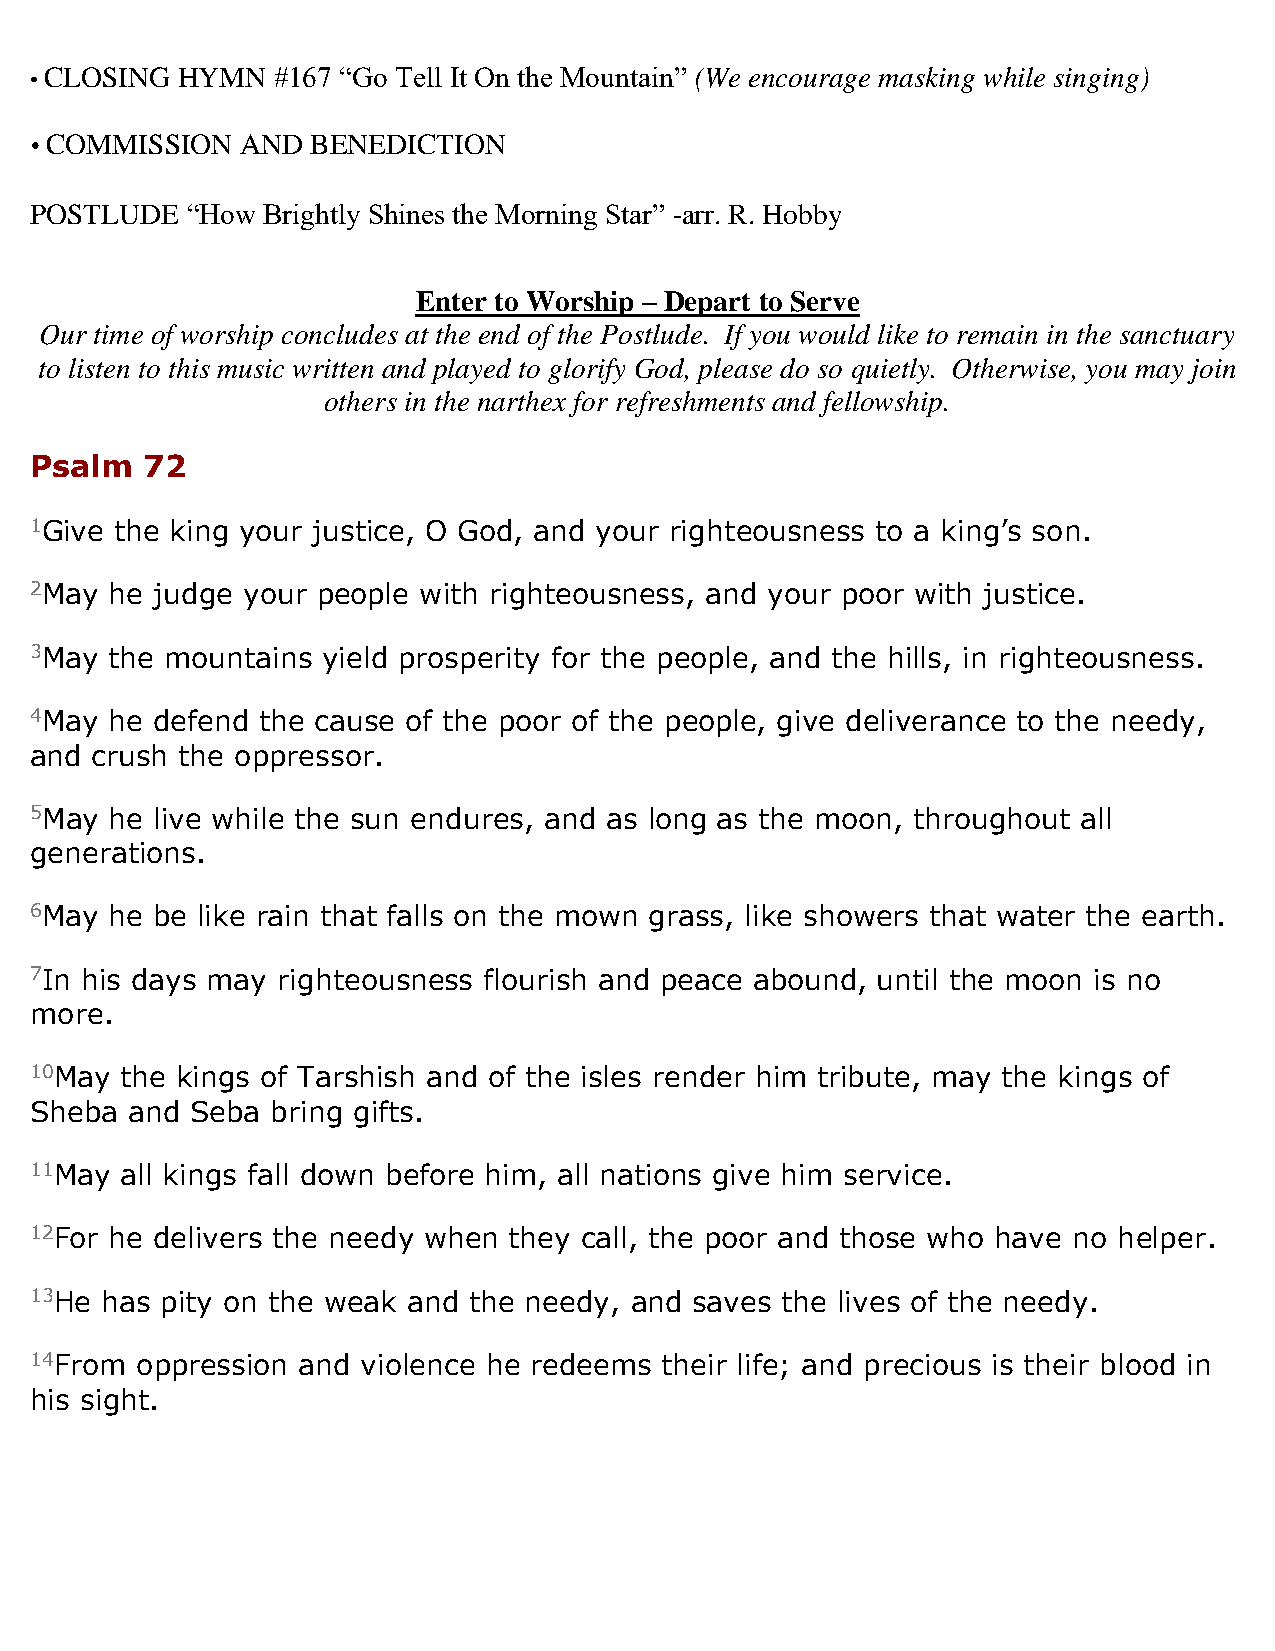
• CLOSING HYMN  #167 “Go Tell It On the Mountain” (We encourage masking while singing)
  COMMISSION  AND  BENEDICTION
 POSTLUDE  “How Brightly Shines the Morning Star” -arr. R. Hobby
 Enter to Worship – Depart to Serve
 Our time of worship concludes at the end of the Postlude. If you would like to remain in the sanctuary
 to listen to this music written and played to glorify God, please do so quietly. Otherwise, you may join
 others in the narthex for refreshments and fellowship.
 Psalm  72
 1Give the king your justice, O God, and your righteousness to a king’s son.
 2May he judge your people with righteousness, and your poor with justice.
 3May the mountains yield prosperity for the people, and the hills, in righteousness.
 4May he defend the cause of the poor of the people, give deliverance to the needy,
 and crush the oppressor.
 5May he live while the sun endures, and as long as the moon, throughout all
 generations.
 6May he be like rain that falls on the mown grass, like showers that water the earth.
 7In his days may righteousness flourish and peace abound, until the moon is no
 more.
 10May the kings of Tarshish and of the isles render him tribute, may the kings of
 Sheba and  Seba bring gifts.
 11May all kings fall down before him, all nations give him service.
 12For he delivers the needy when they call, the poor and those who have no helper.
 13He has pity on the weak and the needy, and saves the lives of the needy.
 14From oppression and violence he redeems their life; and precious is their blood in
 his sight.